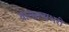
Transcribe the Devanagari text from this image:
वात्सल्यभरी